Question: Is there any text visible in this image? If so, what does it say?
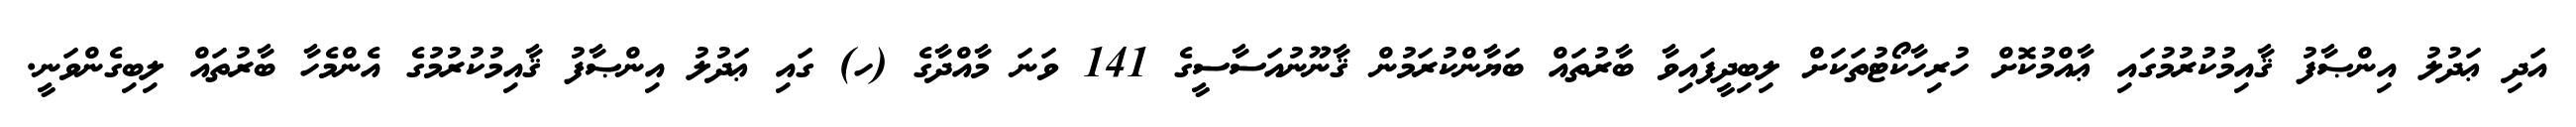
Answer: އަދި ޢަދުލު އިންޞާފު ޤާއިމުކުރުމުގައި ޢާއްމުކޮށް ހުރިހާކޯޓުތަކަށް ލިބިދީފައިވާ ބާރުތައް ބަޔާންކުރަމުން ޤާނޫނުއަސާސީގެ 141 ވަނަ މާއްދާގެ (ހ) ގައި ޢަދުލު އިންޞާފު ޤާއިމުކުރުމުގެ އެންމެހާ ބާރުތައް ލިބިގެންވަނީ.